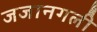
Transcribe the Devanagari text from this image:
जजानगली